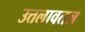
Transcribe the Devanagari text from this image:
उत्तलावतल